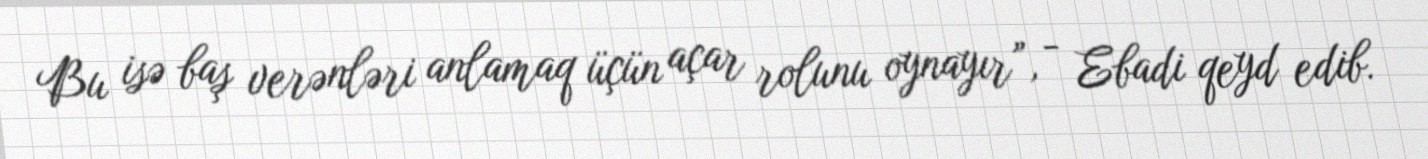
Bu isə baş verənləri anlamaq üçün açar rolunu oynayır”, - Ebadi qeyd edib.